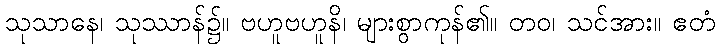
သုသာနေ၊ သုဿာန်၌။ ဗဟူဗဟူနိ၊ များစွာကုန်၏။ တဝ၊ သင်အား။ ဧတံ